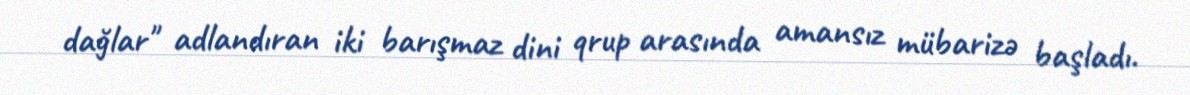
dağlar" adlandıran iki barışmaz dini qrup arasında amansız mübarizə başladı.